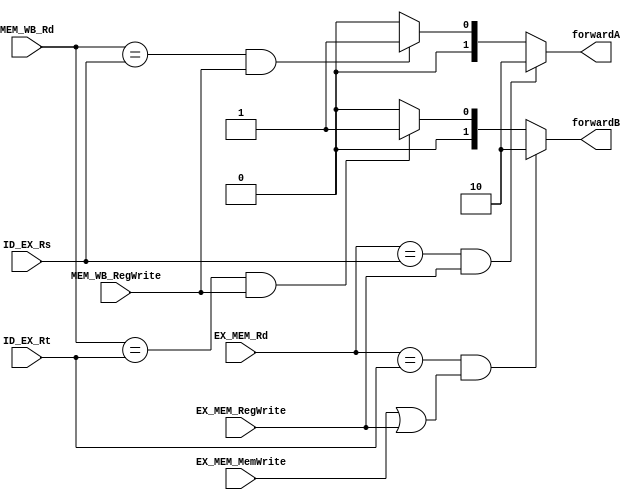
`timescale 1ns / 1ps
//////////////////////////////////////////////////////////////////////////////////
// Company: 
// Engineer: 
// 
// Design Name: 
// Module Name: forwardingmux
// Project Name: 
// Target Devices: 
// Tool Versions: 
// Description: 
// 
// Dependencies: 
// 
// Revision:
// Revision 0.01 - File Created
// Additional Comments:
// 
//////////////////////////////////////////////////////////////////////////////////


module forwardingmux(EX_MEM_Rd, MEM_WB_Rd, ID_EX_Rs, ID_EX_Rt, EX_MEM_RegWrite, EX_MEM_MemWrite, MEM_WB_RegWrite, forwardA, forwardB);
    input [4:0] EX_MEM_Rd, MEM_WB_Rd, ID_EX_Rs, ID_EX_Rt;
    input EX_MEM_RegWrite, MEM_WB_RegWrite, EX_MEM_MemWrite;
    output [1:0] forwardA,forwardB;
    
    assign forwardA = ((EX_MEM_Rd == ID_EX_Rs) && EX_MEM_RegWrite) ? 2'b10 : ((MEM_WB_Rd == ID_EX_Rs) && MEM_WB_RegWrite) ? 2'b01 : 2'b00;
    assign forwardB = ((EX_MEM_Rd == ID_EX_Rt) && (EX_MEM_MemWrite || EX_MEM_RegWrite)) ? 2'b10 : ((MEM_WB_Rd == ID_EX_Rt) && MEM_WB_RegWrite) ? 2'b01 : 2'b00;
    
endmodule